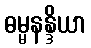
ဓမ္မနန္ဒိယာ